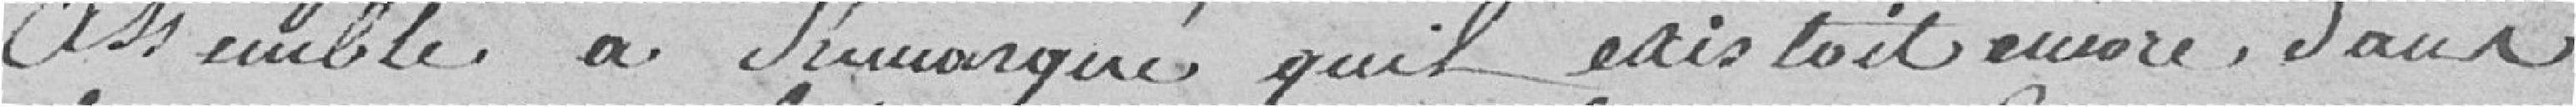
assemblé a remarqué qu'il existait encore, dans